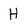
Character: H